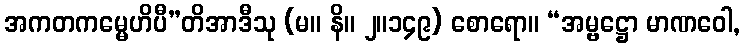
အကတကမ္မေဟိပီ”တိအာဒီသု (မ။ နိ။ ၂။၁၄၉) စောရော။ “အမ္ဗဋ္ဌော မာဏဝေါ,